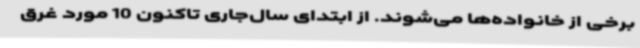
برخی از خانواده‌ها می‌شوند. از ابتدای سال‌جاری تاکنون 10 مورد غرق